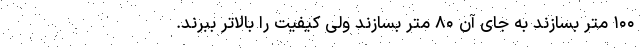
۱۰۰ متر بسازند به جای آن ۸۰ متر بسازند ولی کیفیت را بالاتر ببرند.